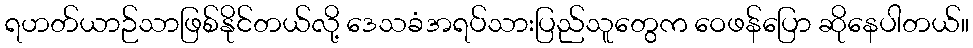
ရဟတ်ယာဉ်သာဖြစ်နိုင်တယ်လို့ ဒေသခံအရပ်သားပြည်သူတွေက ဝေဖန်ပြော ဆိုနေပါတယ်။